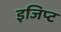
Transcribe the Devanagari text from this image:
इजिप्‍ट